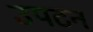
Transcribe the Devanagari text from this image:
उपटन